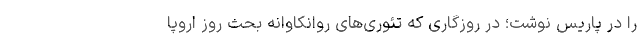
را در پاریس نوشت؛ در روزگاری که تئوری‌های روانکاوانه بحث روز اروپا